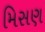
મિસણ